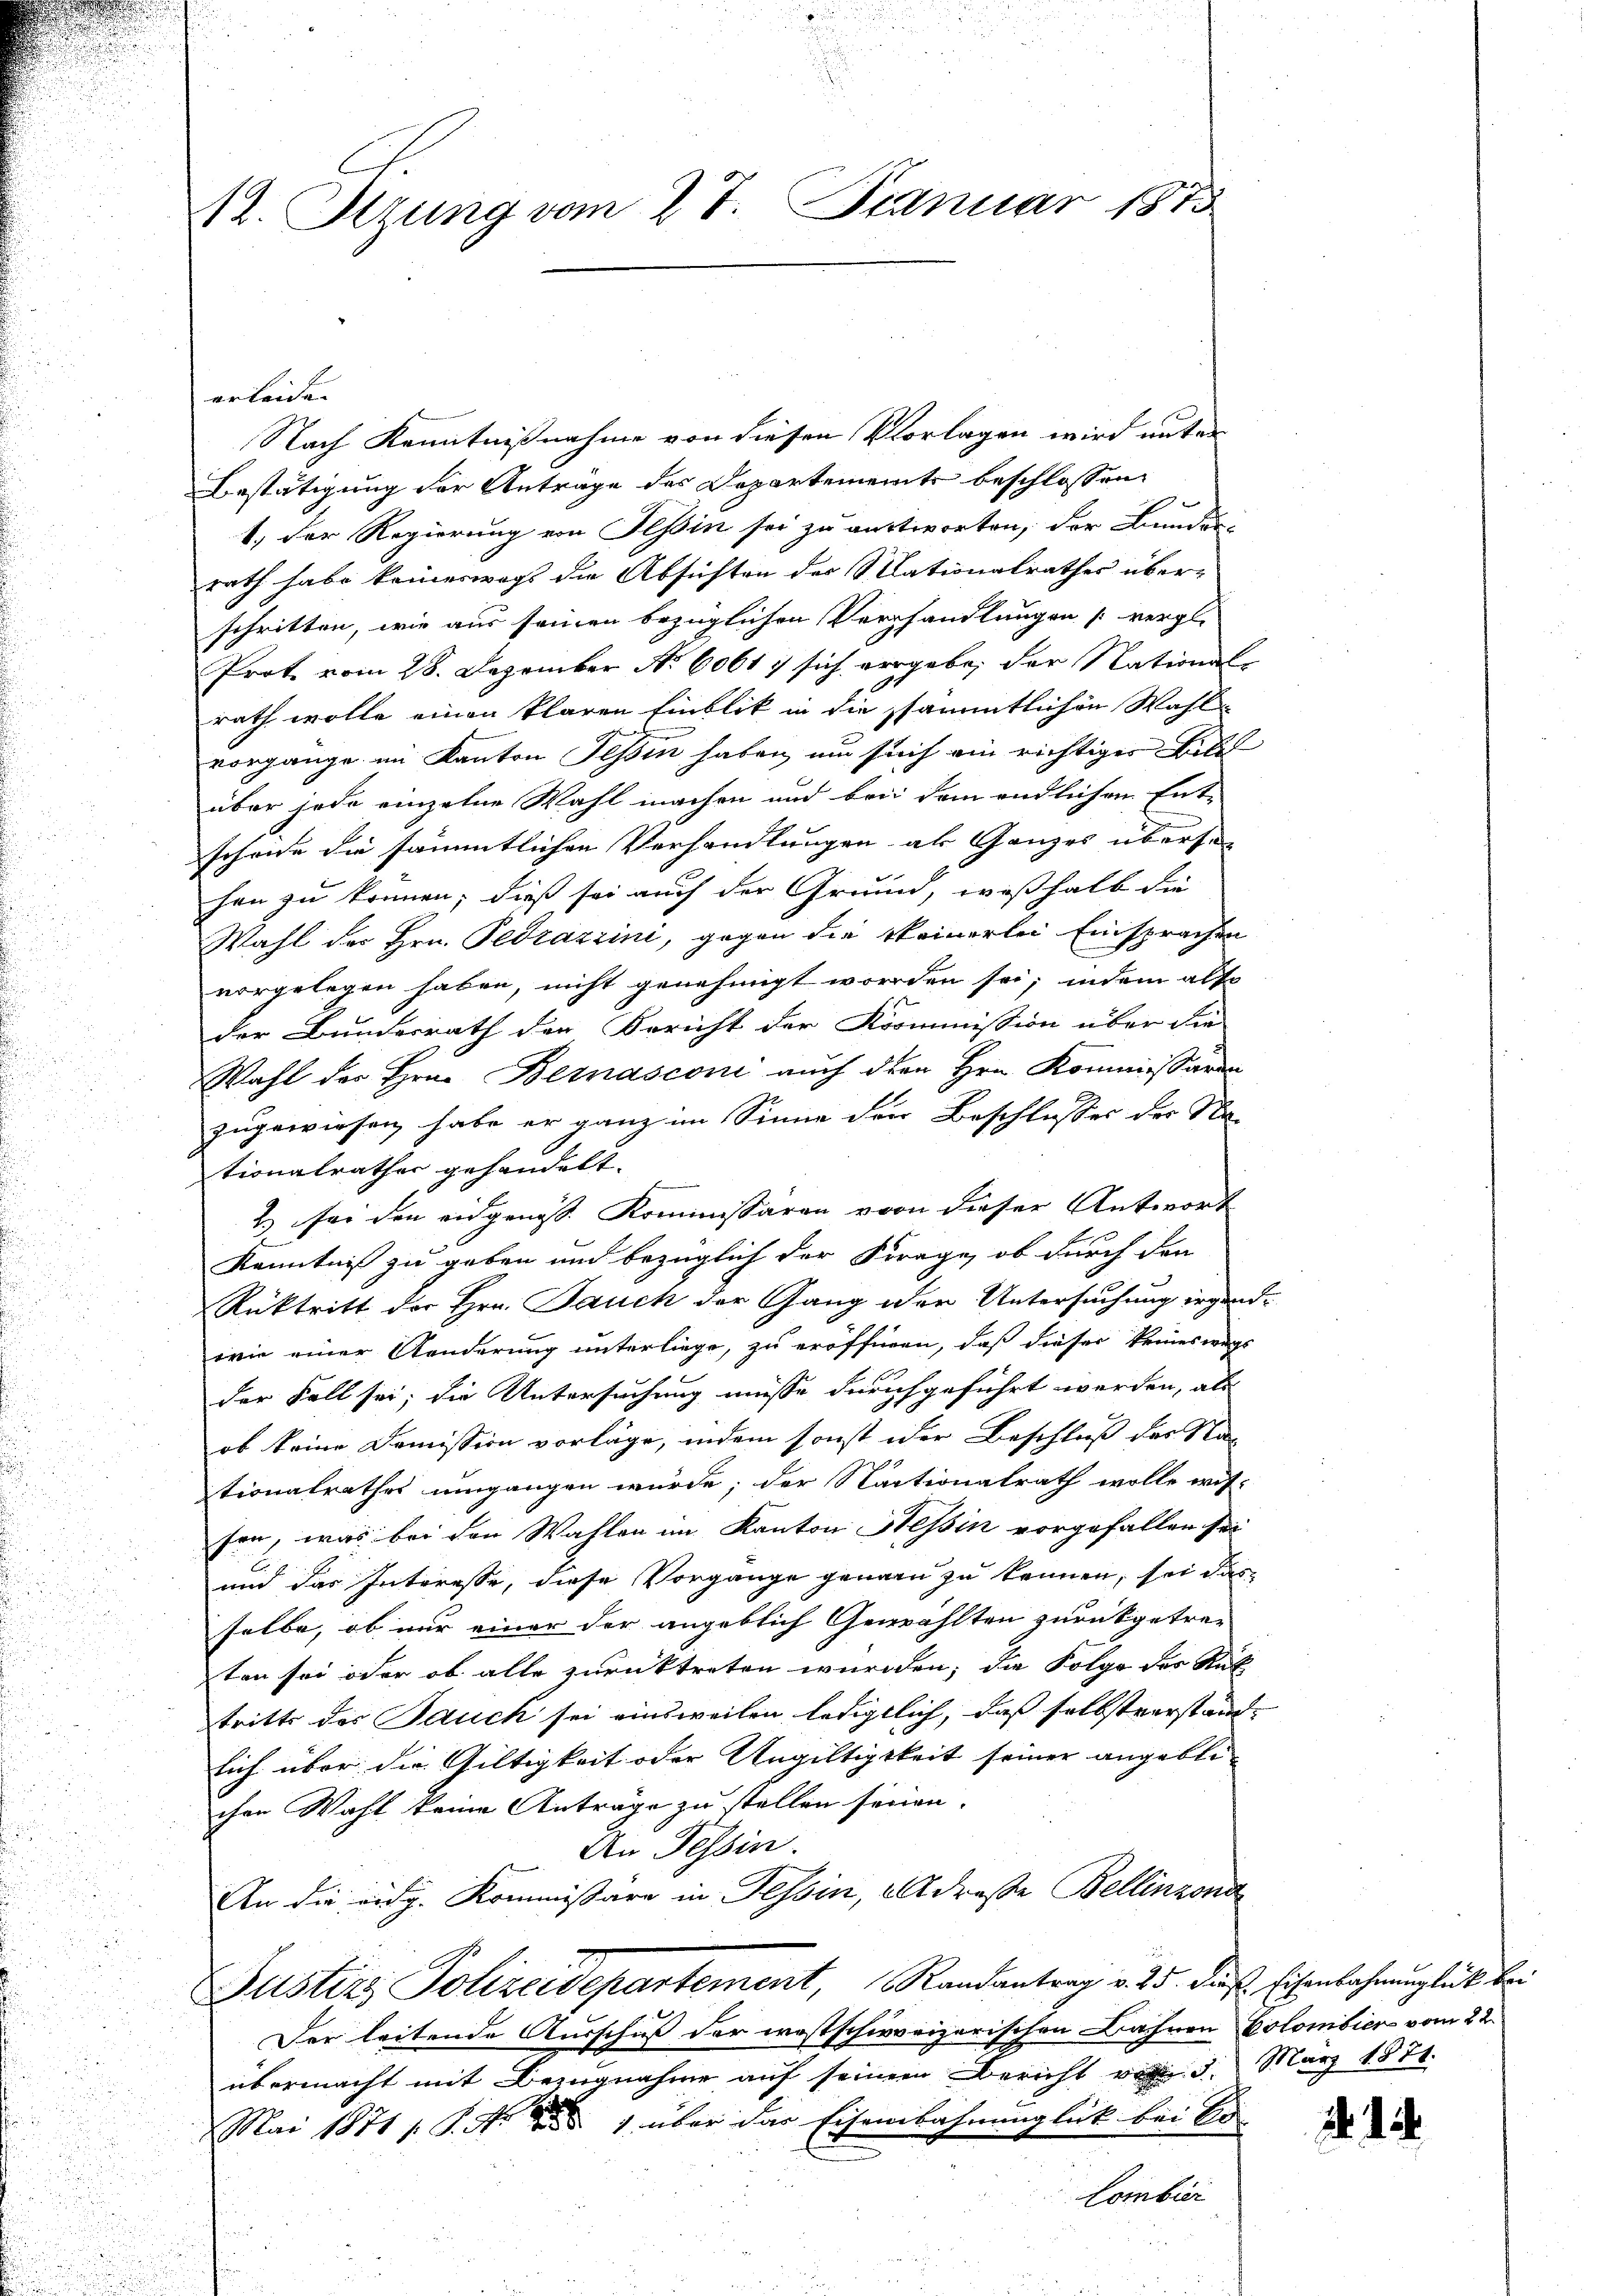
l. Stzung vom 27. Januar 1875

Nach Kenntnißnahme von diesen Vorlagen wird unter
Bestätigung der Antrage des Departemente beschlossen:
1.) Der Regierung von Tessin sei zu antworten, der Bunden-
rath habe keineswegs die Absichten des Mationalrathes über-
schritten, wie aus seinen bezüglichen Verhandlungen vergl.
Prote vom 28. Dezember N. 60617 sich vergebe, der National-
rath wolle einen klaren Einblik in die sämmtlichen Wahl
vorgänge im Kanton Tessin haben, um sich ein richtiger Bill
über jede einzelne Wahl machen und bei dem endlichen Ent-
schende die sämmtlichen Verhandlungen als Ganzes übersei
hen zu können; dieß sei auch der Grund, weßhalb die
Wahl des Hrn. Pedrazzini, gegen die Steinerlei Einsprachen
vorgelegen haben, nicht genehmigt worden sei; indem also
der Bundesrath der Bericht der Kommission über die
Wahl der Hrn. Bernasconi auch den Hrn. Kommissären
zugewiesen habe er ganz im Sinne der Beschlusses der Na-
tionalrathes gehandelt.
2.) für den eidgenoss. Kommissären von dieser Antwort
Kenntniß zu geben und bezüglich der Frage, ob durch den
Rüktritt der Hrn. Jauch der Gang der Untersuchung irgendwie einer Konderung unterliege, zu eröffnen, daß dieser keineswegs
der Fall sei; die Untersuchung müsse durchgeführt werden, als
ob keine Domission vorläge, indem sonst der Beschluß des Nac
tionalrathes umgangen würde; der Nactionalrath wolle wis-
son, was bei den Wahlen im Kanton Hessin vorgefallen sei
und das Interesse, diese Vorgänge genau zu kennen, sei das
selbe, ob nur einer der angeblich Gewählten zurückgetre-
ten sei oder ob alle zurücktreten würden; die Folge des Rüktritte der Jauch sei einsweilen ledigtlich, daß selbstverständlich über die Gültigkeit oder Ungültigkeit seiner angeblichen Wahl keine Anträge zu stellen seinen.
An Tessin.
An die eidg. Kommissäre in Tessin, als droße Bellinzond
Justizs Polizeidepartement, Randantrag v. 25. diese Eisenbahnunglück bei
Der leitende Ausschuß der westschweizerischen Bahnen Colombier vom 22.
übermacht mit Bezugnahme auf seinem Bericht vom 3. März 1871.
Mai 1871 s. S. Nr. 1 über der Eisenbahnunglick bei Er-
Combir

erleide.